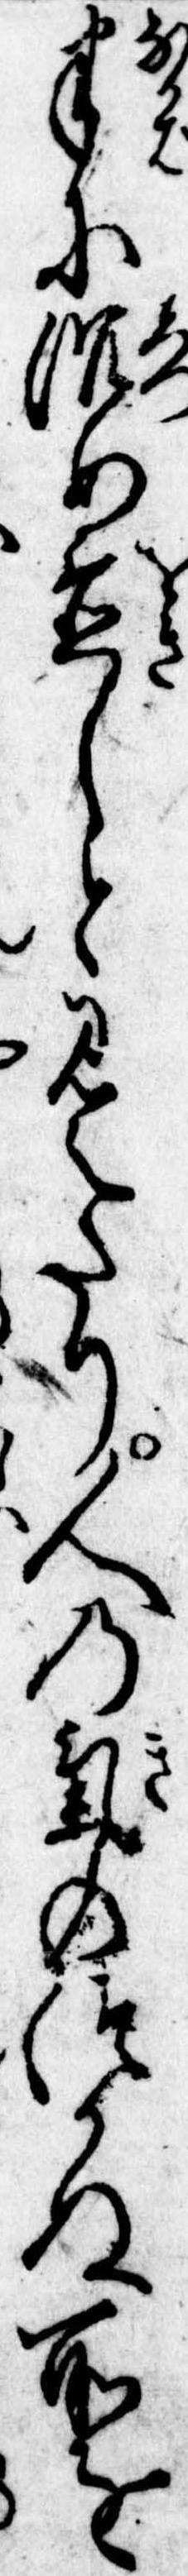
半に沈め置しと見えたり人の気のつかぬ所を